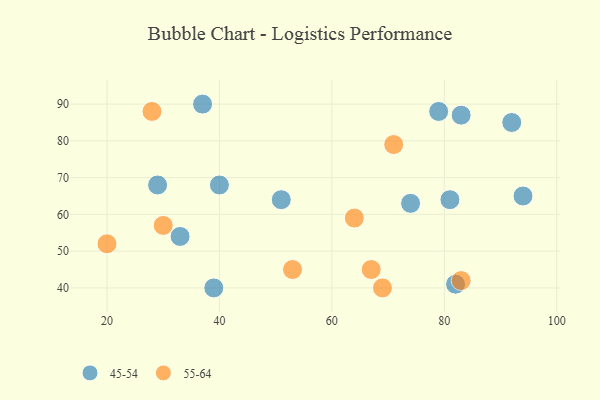
{"axis": {"x": "GDP", "y": "Life Expectancy"}, "legend": ["45-54", "55-64"], "data": [{"x": "40", "y": 68, "type": "45-54"}, {"x": "92", "y": 85, "type": "45-54"}, {"x": "94", "y": 65, "type": "45-54"}, {"x": "51", "y": 64, "type": "45-54"}, {"x": "29", "y": 68, "type": "45-54"}, {"x": "83", "y": 87, "type": "45-54"}, {"x": "74", "y": 63, "type": "45-54"}, {"x": "79", "y": 88, "type": "45-54"}, {"x": "37", "y": 90, "type": "45-54"}, {"x": "81", "y": 64, "type": "45-54"}, {"x": "39", "y": 40, "type": "45-54"}, {"x": "33", "y": 54, "type": "45-54"}, {"x": "82", "y": 41, "type": "45-54"}, {"x": "28", "y": 88, "type": "55-64"}, {"x": "64", "y": 59, "type": "55-64"}, {"x": "71", "y": 79, "type": "55-64"}, {"x": "53", "y": 45, "type": "55-64"}, {"x": "20", "y": 52, "type": "55-64"}, {"x": "67", "y": 45, "type": "55-64"}, {"x": "83", "y": 42, "type": "55-64"}, {"x": "30", "y": 57, "type": "55-64"}, {"x": "69", "y": 40, "type": "55-64"}]}